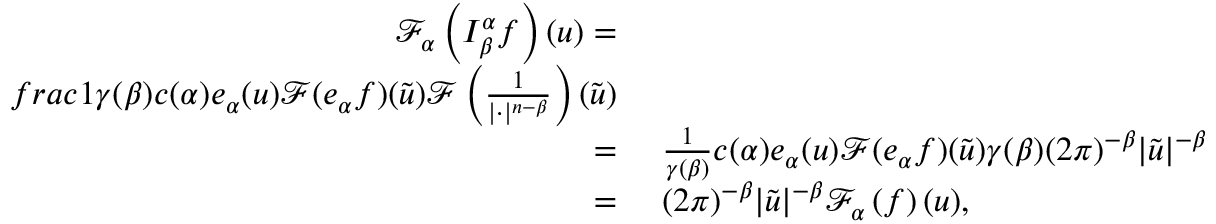
\begin{array} { r l } { \mathcal { F } _ { \boldsymbol { \alpha } } \left( I _ { \beta } ^ { \boldsymbol { \alpha } } f \right) ( \boldsymbol { u } ) = } & { } \\ { f r a c { 1 } { \gamma ( \beta ) } c ( \boldsymbol { \alpha } ) e _ { \boldsymbol { \alpha } } ( \boldsymbol { u } ) \mathcal { F } ( e _ { \boldsymbol { \alpha } } f ) ( \widetilde { \boldsymbol { u } } ) \mathcal { F } \left( \frac { 1 } { | \boldsymbol { \cdot } | ^ { n - \beta } } \right) ( \widetilde { \boldsymbol { u } } ) } \\ { = } & { \ \frac { 1 } { \gamma ( \beta ) } c ( \boldsymbol { \alpha } ) e _ { \boldsymbol { \alpha } } ( \boldsymbol { u } ) \mathcal { F } ( e _ { \boldsymbol { \alpha } } f ) ( \widetilde { \boldsymbol { u } } ) \gamma ( \beta ) ( 2 \pi ) ^ { - \beta } | \widetilde { \boldsymbol { u } } | ^ { - \beta } } \\ { = } & { \ ( 2 \pi ) ^ { - \beta } | \widetilde { \boldsymbol { u } } | ^ { - \beta } \mathcal { F } _ { \boldsymbol { \alpha } } \left( f \right) ( \boldsymbol { u } ) , } \end{array}